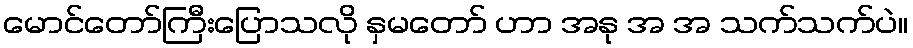
မောင်တော်ကြီးပြောသလို နှမတော် ဟာ အနု အ အ သက်သက်ပဲ။